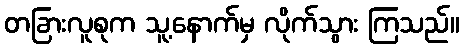
တခြားလူစုက သူ့နောက်မှ လိုက်သွား ကြသည်။